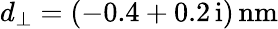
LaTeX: d_{\perp}=(-0.4+0.2\, \mathrm{i})\, \mathrm{nm}